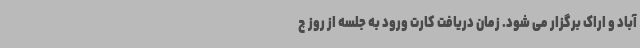
آباد و اراک برگزار می شود. زمان دریافت کارت ورود به جلسه از روز چ